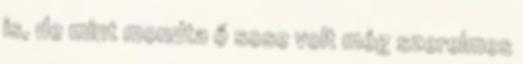
is, de mint mondta ő sose volt még szerelmes